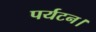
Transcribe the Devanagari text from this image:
पर्यटन।